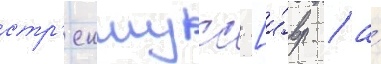
стр'еншусс [и́вр. / а́